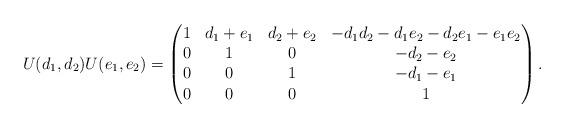
LaTeX: \begin{align*}U(d_1,d_2) U(e_1,e_2) =\begin{pmatrix}1&d_1+e_1&d_2+e_2&-d_1 d_2-d_1 e_2-d_2 e_1-e_1 e_2\\0&1&0&-d_2-e_2\\0&0&1&-d_1-e_1\\0&0&0&1\end{pmatrix} .\end{align*}